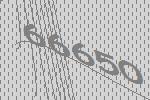
66650